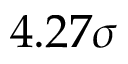
4 . 2 7 \sigma